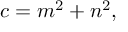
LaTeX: c = m ^ { 2 } + n ^ { 2 } ,